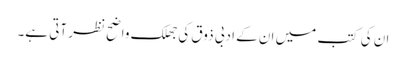
ان کی کتب میں ان کے ادبی ذوق کی جھلک واضح نظر آتی ہے۔